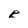
Character: R